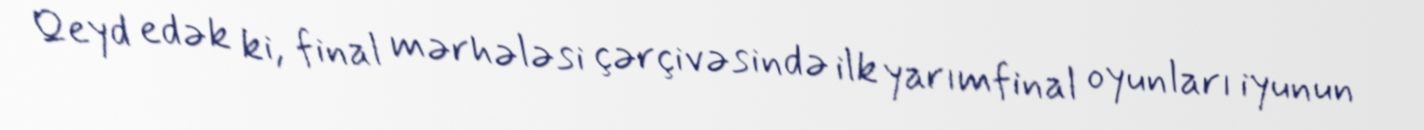
Qeyd edək ki, final mərhələsi çərçivəsində ilk yarımfinal oyunları iyunun